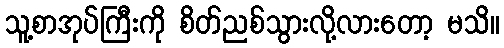
သူ့စာအုပ်ကြီးကို စိတ်ညစ်သွားလို့လားတော့ မသိ။